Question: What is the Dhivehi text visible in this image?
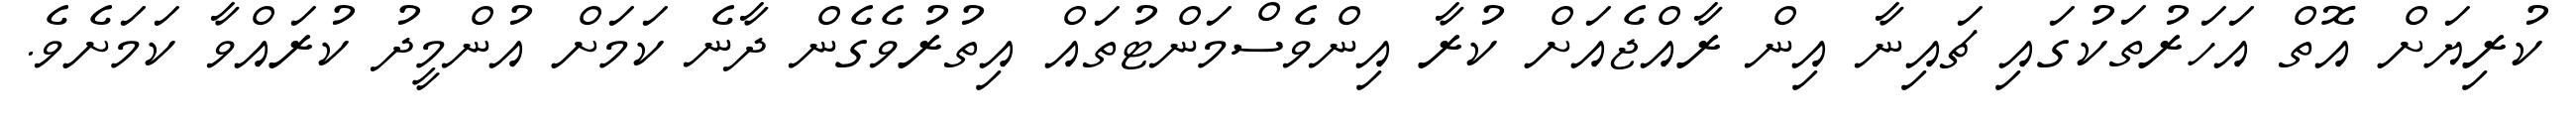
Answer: ކުރިޔަށް އޮތް އަހަރުތަކުގައި ޗައިނާ އިން ރާއްޖެއަށް ކުރާ އިންވެސްމަންޓުތައް އިތުރުވެގެން ދާނެ ކަމަށް އުންމީދު ކުރައްވާ ކަމަށެވެ.